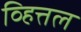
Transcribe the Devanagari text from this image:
व्हित्तल